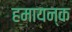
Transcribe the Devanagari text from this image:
हमायन्क